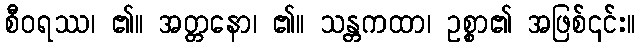
စီဝရဿ၊ ၏။ အတ္တနော၊ ၏။ သန္တကထာ၊ ဥစ္စာ၏ အဖြစ်၎င်း။